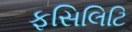
ફસિલિટિ